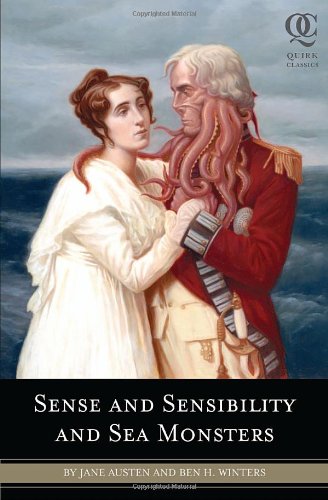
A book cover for Sense and Sensibility and Sea Monsters; Jane Austen; Literature & Fiction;